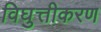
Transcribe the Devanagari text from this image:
विघुत्तीकरण